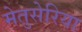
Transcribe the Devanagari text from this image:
मेतुसेरिया